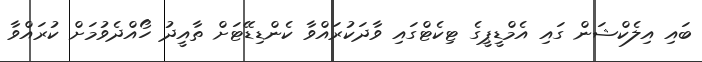
ބައި އިލެކްޝަން ގައި އެމްޑީޕީގެ ޓިކެޓްގައި ވާދަކުރައްވާ ކެންޑިޑޭޓަށް ތާއީދު ހޯއްދެވުމަށް ކުރައްވާ